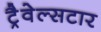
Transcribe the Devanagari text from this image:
ट्रैवेल्सटार